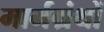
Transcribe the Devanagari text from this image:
मार्मग्रंथों